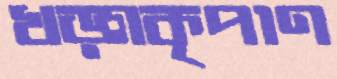
খড়্গকৃপাণ